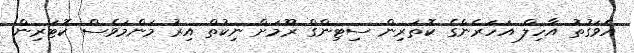
އެވަގުތު އާހިލް އަހަރެންގެ ކޮތަރިން ސިޓިންގް ރޫމަށް ނިކުތް އިރު މަންމަވެސް ކޮޓަރިން